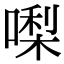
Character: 𠼝